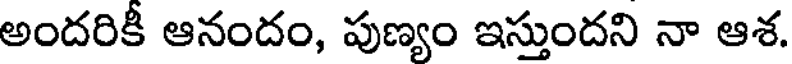
అందరికీ ఆనందం, పుణ్యం ఇస్తుందని నా ఆశ.